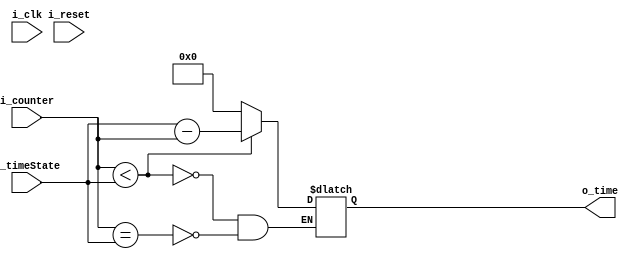
`timescale 1ns / 1ps
//////////////////////////////////////////////////////////////////////////////////
// Company: 
// Engineer: 
// 
// Design Name: 
// Module Name: time_comparator
// Project Name: 
// Target Devices: 
// Tool Versions: 
// Description: 
// 
// Dependencies: 
// 
// Revision:
// Revision 0.01 - File Created
// Additional Comments:
// 
//////////////////////////////////////////////////////////////////////////////////


module time_comparator(
    input [4:0] i_counter,
    input [4:0] i_timeState,
    input i_reset, i_clk,
    output [4:0] o_time
    );

    reg [4:0] r_sec;
    assign o_time = r_sec;
    
    always @(*) begin
        if(i_counter < i_timeState) begin
            r_sec <= i_timeState - i_counter;
        end
        else if(i_counter == i_timeState) begin
            r_sec <= 0;
        end
    end
endmodule